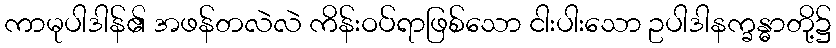
ကာမုပါဒါန်၏ အဖန်တလဲလဲ ကိန်းဝပ်ရာဖြစ်သော ငါးပါးသော ဥပါဒါနက္ခန္ဓာတို့၌